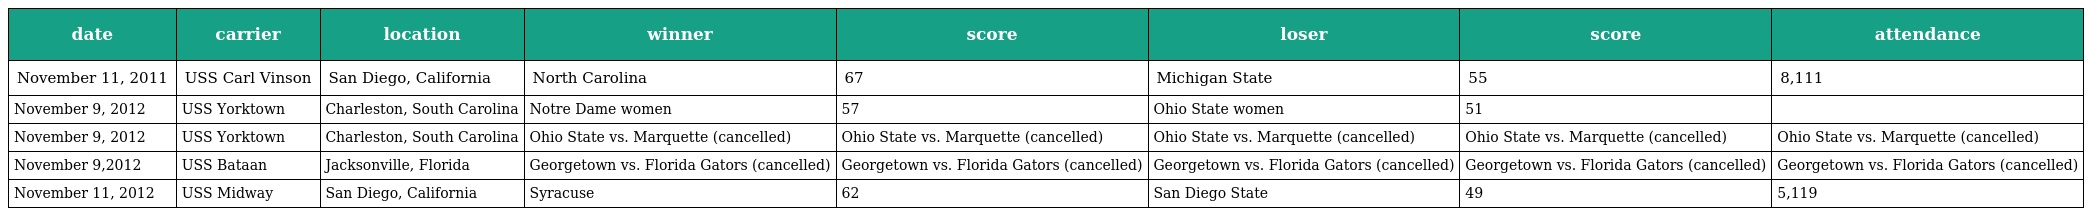
| date | carrier | location | winner | score | loser | score | attendance |
 | --- | --- | --- | --- | --- | --- | --- | --- |
 | November 11, 2011 | USS Carl Vinson | San Diego, California | North Carolina | 67 | Michigan State | 55 | 8,111 |
 | November 9, 2012 | USS Yorktown | Charleston, South Carolina | Notre Dame women | 57 | Ohio State women | 51 |  |
 | November 9, 2012 | USS Yorktown | Charleston, South Carolina | Ohio State vs. Marquette (cancelled) | Ohio State vs. Marquette (cancelled) | Ohio State vs. Marquette (cancelled) | Ohio State vs. Marquette (cancelled) | Ohio State vs. Marquette (cancelled) |
 | November 9,2012 | USS Bataan | Jacksonville, Florida | Georgetown vs. Florida Gators (cancelled) | Georgetown vs. Florida Gators (cancelled) | Georgetown vs. Florida Gators (cancelled) | Georgetown vs. Florida Gators (cancelled) | Georgetown vs. Florida Gators (cancelled) |
 | November 11, 2012 | USS Midway | San Diego, California | Syracuse | 62 | San Diego State | 49 | 5,119 |